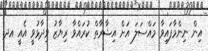
އިން ނިންމާފައިވާ މައްސަލަ އަށް އިޝާރާތް ކުރައްވާ ރިޔާޒު ވިދާޅުވީ އެއީ އދ.